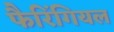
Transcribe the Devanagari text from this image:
फैरिंगियल